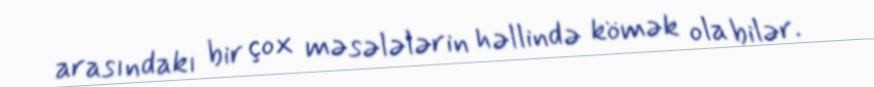
arasındakı bir çox məsələlərin həllində kömək ola bilər.